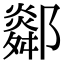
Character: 𨞧